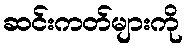
ဆင်းကတ်များကို